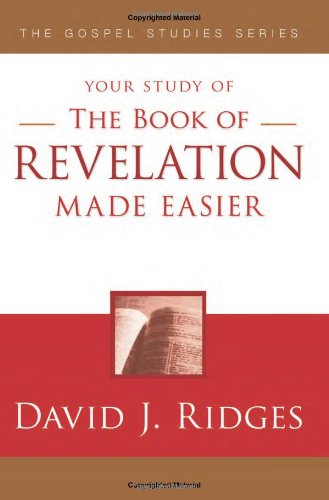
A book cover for The Book of Revelation Made Easier (Gospel Studies (Cedar Fort)); David J. Ridges; Christian Books & Bibles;